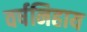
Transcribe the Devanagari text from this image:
वर्षनिहाय